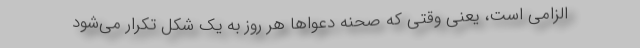
الزامی است، یعنی وقتی که صحنه دعواها هر روز به یک شکل تکرار می‌‌شود